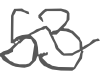
Text: 53
Cross-out: mix
Writing tool: digital_gray